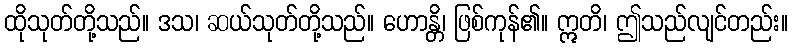
ထိုသုတ်တို့သည်။ ဒသ၊ ဆယ်သုတ်တို့သည်။ ဟောန္တိ၊ ဖြစ်ကုန်၏။ ဣတိ၊ ဤသည်လျင်တည်း။